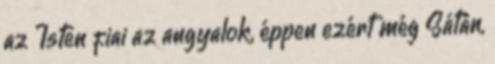
az Isten fiai az angyalok, éppen ezért még Sátán,